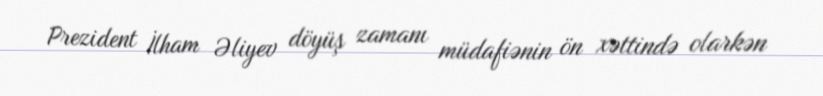
Prezident İlham Əliyev döyüş zamanı müdafiənin ön xəttində olarkən